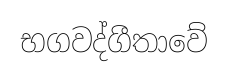
භගවද්ගීතාවේ